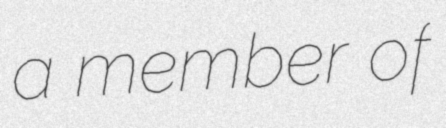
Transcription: a member of